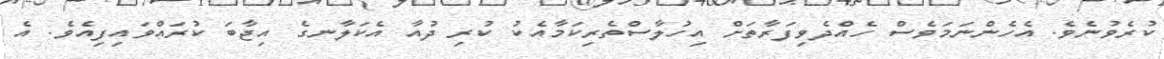
ކުރެވުނެވެ. އެހެންނަމަވެސް ހެއްދެވިފަރާތަށް އިހުލާސްތެރިކަމާއެކު ކުރި ދުއާ އެކަލާނގެ އިޖާބަ ކުރައްވައިފިއެވެ. އެ